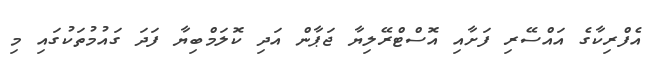
އެފްރިކާގެ އައްސޭރި ފަށާއި އޮސްޓްރޭލިޔާ ޖަޕާން އަދި ކޮލަމްބިޔާ ފަދަ ގައުމުތަކުގައި މި